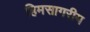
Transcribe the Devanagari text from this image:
हिमसागरीय